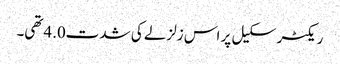
ریکٹر سکیل پر اس زلزلے کی شدت4.0تھی۔